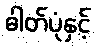
ဓါတ်ပုံနှင့်